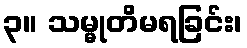
၃။ သမ္မုတိမရခြင်း၊